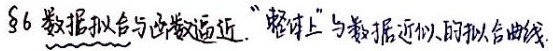
§6 数据拟合与函数逼近。“整体上”与数据近似的拟合曲线。